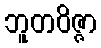
ဘူတဝိဇ္ဇာ